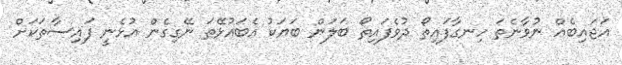
އަޖައިބެއް ނުވާނެތަ ހިނގާފައިތޯ ދުވެފައިތޯ ބަލަން ބަޔަކު އެބައުޅޭތަ ނޭގިގެން އުޅެނީ ފައިސާތަކަށް